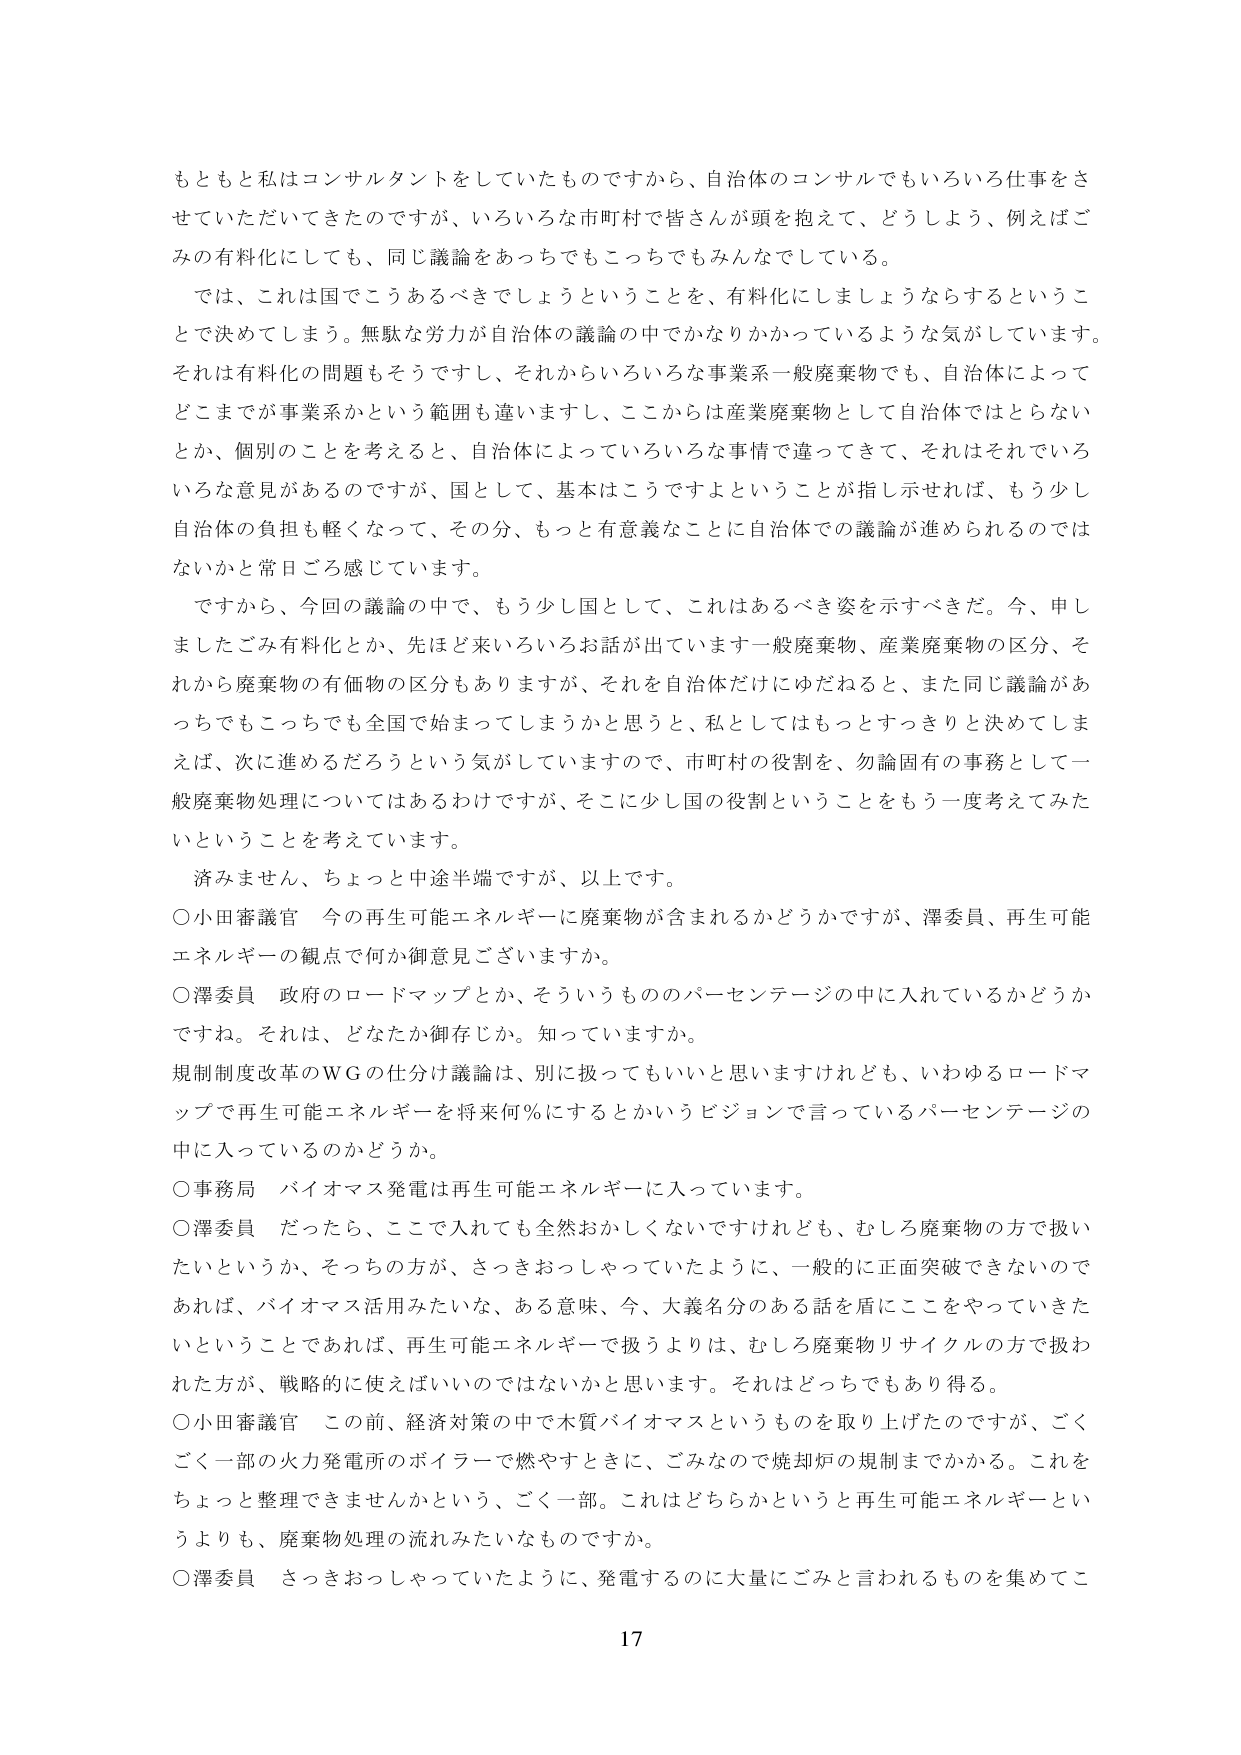
もともと私はコンサルタントをしていたものですから、自治体のコンサルでもいろいろ仕事をさせていただいてきたのですが、いろいろな市町村で皆さんが頭を抱えて、どうしよう、例えばごみの有料化にしても、同じ議論をあっちでもこっちでもみんなしている。

では、これは国でこうあるべきでしょうということを、有料化しましょうならするということで決めてしまう。無駄な労力が自治体の議論の中でかなりかかっているような気がしています。それは有料化の問題もそうですし、それからいろいろな事業系一般廃棄物でも、自治体によってどこまでが事業系かという範囲も違いますし、ここからは産業廃棄物として自治体ではとらないとか、個別のことを考えると、自治体によっていろいろな事情で違ってきて、それはそれでいろいろな意見があるのですが、国として、基本はこうですよということが指示せれば、もう少し自治体の負担も軽くなって、その分、もっと有意義なことに自治体での議論が進められるのではないかと常日ごろ感じています。

ですから、今回の議論の中で、もう少し国として、これはあるべき姿を示すべきだ。今、申しましたごみ有料化とか、先ほど来いろいろお話が出ています一般廃棄物、産業廃棄物の区分、それから廃棄物の有価物の区分もありますが、それを自治体だけにゆだねると、また同じ議論があっちでもこっちでも全国で始まってしまうかと思うと、私としてはもっとすっきりと決めてしまえば、次に進めるだろうという気がしていますので、市町村の役割を、勿論固有の事務として一般廃棄物処理についてはあるわけですが、そこに少し国の役割ということをもう一度考えてみたいということを考えています。

済みません、ちょっと中途半端ですが、以上です。

○小田審議官　今の再生可能エネルギーに廃棄物が含まれるかどうかですが、澤委員、再生可能エネルギーの観点で何か御意見ございますか。

○澤委員　政府のロードマップとか、そういうもののパーセンテージの中に入れているかどうかですね。それは、どなたか御存じか。知っていますか。

規制制度改革のＷＧの仕分け議論は、別に扱ってもいいと思いますけれども、いわゆるロードマップで再生可能エネルギーを将来何％にするとかいうビジョンで言っているパーセンテージの中に入っているのかどうか。

○事務局　バイオマス発電は再生可能エネルギーに入っています。

○澤委員　だったら、ここで入れても全然おかしくないですけれども、むしろ廃棄物の方で扱いたいというか、そっちの方が、さっきおっしゃっていたように、一般的に正面突破できないのであれば、バイオマス活用みたいな、ある意味、今、大義名分のある話を盾にここをやっていきたいということであれば、再生可能エネルギーで扱うよりは、むしろ廃棄物リサイクルの方で扱われた方が、戦略的に使えばいいのではないかと思います。それはどっちでもあり得る。

○小田審議官　この前、経済対策の中で木質バイオマスというものを取り上げたのですが、ごくごく一部の火力発電所のボイラーで燃やすときに、ごみなので焼却炉の規制までかかる。これをちょっと整理できませんかという、ごく一部。これはどちらかというと再生可能エネルギーというよりも、廃棄物処理の流れみたいなものですか。

○澤委員　さっきおっしゃっていたように、発電するのに大量にごみと言われるものを集めてこ

17